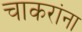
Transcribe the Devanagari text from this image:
चाकरांना